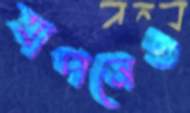
যাপনেও